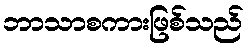
ဘာသာစကားဖြစ်သည်